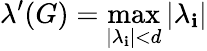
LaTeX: \lambda^{\prime}(G)=\operatorname*{max}_{|\lambda_{\mathbf{i}}|<d}|\lambda_{\mathbf{i}}|